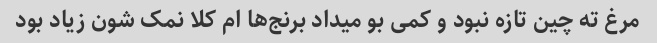
مرغ ته چین تازه نبود و کمی بو میداد برنج‌ها ام کلا نمک شون زیاد بود